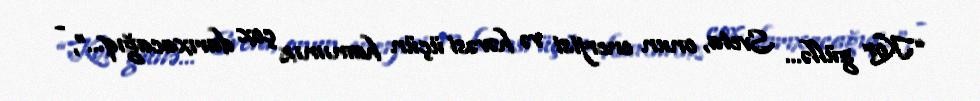
“Kor güllə… Sveta, onun enerjisi və həvəsi üçün hamımız çox darıxacağıq…”, -